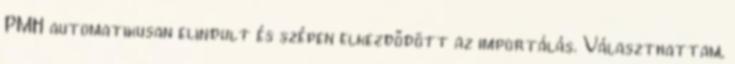
PMH automatikusan elindult és szépen elkezdődött az importálás. Választhattam,